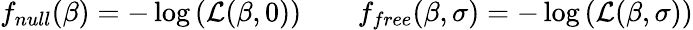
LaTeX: f_{null}(\beta)=-\log\left(\mathcal{L}(\beta,0)\right)\qquad f_{free}(\beta,\sigma)=-\log\left(\mathcal{L}(\beta,\sigma)\right)